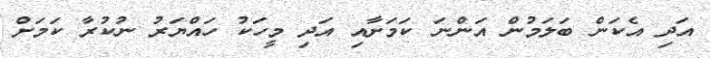
އަދި އެކަން ބަލަމުން އަންނަ ކަމަށާއި އަދި މީހަކު ހައްޔަރު ނުކުރާ ކަމަށް